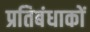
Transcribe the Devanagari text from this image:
प्रतिबंधाकों